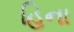
હિના